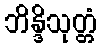
ဘိန္ဒိသုတ္တံ